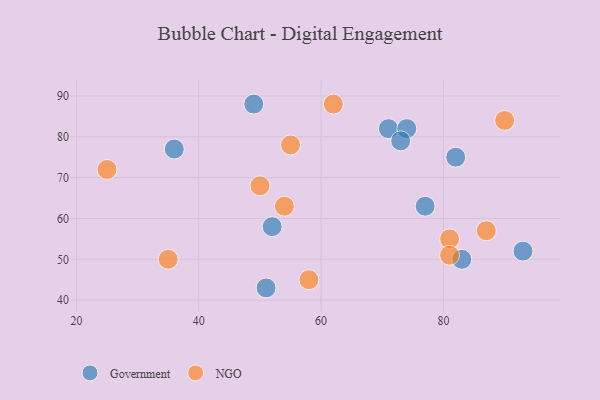
{"axis": {"x": "GDP", "y": "Life Expectancy"}, "legend": ["Government", "NGO"], "data": [{"x": "52", "y": 58, "type": "Government"}, {"x": "77", "y": 63, "type": "Government"}, {"x": "82", "y": 75, "type": "Government"}, {"x": "71", "y": 82, "type": "Government"}, {"x": "74", "y": 82, "type": "Government"}, {"x": "73", "y": 79, "type": "Government"}, {"x": "51", "y": 43, "type": "Government"}, {"x": "83", "y": 50, "type": "Government"}, {"x": "93", "y": 52, "type": "Government"}, {"x": "49", "y": 88, "type": "Government"}, {"x": "36", "y": 77, "type": "Government"}, {"x": "55", "y": 78, "type": "NGO"}, {"x": "25", "y": 72, "type": "NGO"}, {"x": "35", "y": 50, "type": "NGO"}, {"x": "50", "y": 68, "type": "NGO"}, {"x": "90", "y": 84, "type": "NGO"}, {"x": "54", "y": 63, "type": "NGO"}, {"x": "62", "y": 88, "type": "NGO"}, {"x": "81", "y": 55, "type": "NGO"}, {"x": "81", "y": 51, "type": "NGO"}, {"x": "58", "y": 45, "type": "NGO"}, {"x": "87", "y": 57, "type": "NGO"}]}